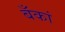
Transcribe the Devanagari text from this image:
बँकां